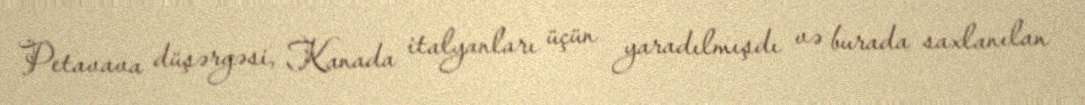
Petavava düşərgəsi, Kanada italyanları üçün yaradılmışdı və burada saxlanılan